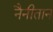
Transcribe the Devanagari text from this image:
नैनीतान